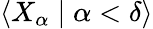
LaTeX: \displaystyle\langle X_{\alpha}\mid\alpha<\delta\rangle